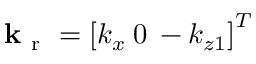
\mathbf { k } _ { \mathrm { ~ r ~ } } = \left[ k _ { x } \: 0 \: - k _ { z 1 } \right] ^ { T }